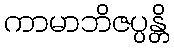
ကာမာဘိဇပ္ပန္တိ